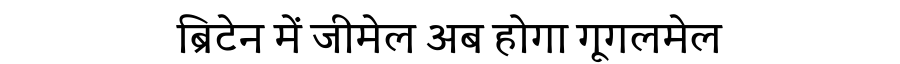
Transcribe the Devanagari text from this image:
ब्रिटेन में जीमेल अब होगा गूगलमेल